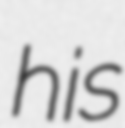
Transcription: his